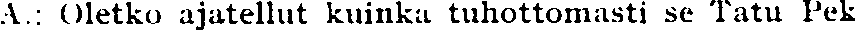
A.: Oletko ajatellut kuinka tuhottomasti se Tatu Pek